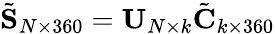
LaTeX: \tilde{\mathbf{S}}_{N\times 360}=\mathbf{U}_{N\times k}\tilde{\mathbf{C}}_{k\times 360}